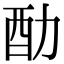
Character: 䣦